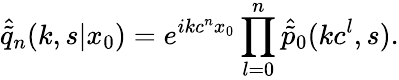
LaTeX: \hat{\tilde{q}}_{n}(k,s|x_{0})=e^{ikc^{n}x_{0}}\prod_{l=0}^{n}\hat{\tilde{p}}_{0}(kc^{l},s).